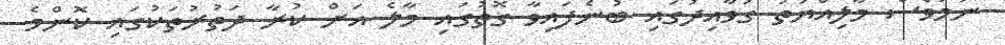
ނަމަވެސް މާލިއްޔަތު ގަވާއިދުގައި ބުނެފައިވާ ގޮތުގައި މާލެ އަށް ކުރާ ދަތުރުތަކުގައި ކޮންމެ